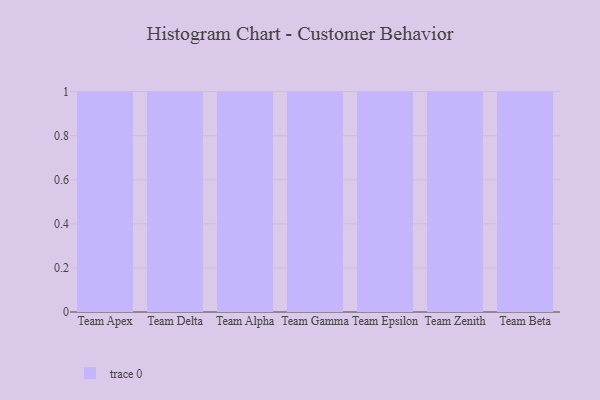
{"axis": {"x": "Team", "y": "Tickets Resolved"}, "legend": [""], "data": [{"x": "Team Apex", "y": 57, "type": ""}, {"x": "Team Delta", "y": 100, "type": ""}, {"x": "Team Alpha", "y": 82, "type": ""}, {"x": "Team Gamma", "y": 21, "type": ""}, {"x": "Team Epsilon", "y": 72, "type": ""}, {"x": "Team Zenith", "y": 89, "type": ""}, {"x": "Team Beta", "y": 72, "type": ""}]}